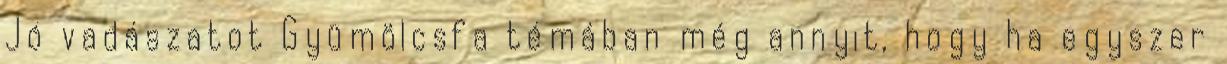
Jó vadászatot Gyümölcsfa témában még annyit, hogy ha egyszer